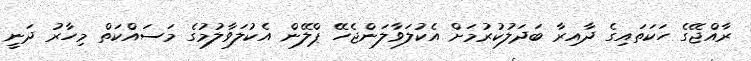
ރާއްޖޭގެ ހަކަތައިގެ ދާއިރާ ބަދަލުކުރުމަށް އެކުލަވާލަންޖެހޭ ޕްލޭން އެކުލަވާލުމުގެ މަސައްކަތް މިހާރު ދަނީ